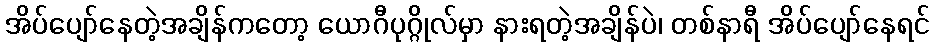
အိပ်ပျော်နေတဲ့အချိန်ကတော့ ယောဂီပုဂ္ဂိုလ်မှာ နားရတဲ့အချိန်ပဲ၊ တစ်နာရီ အိပ်ပျော်နေရင်